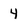
Character: 4